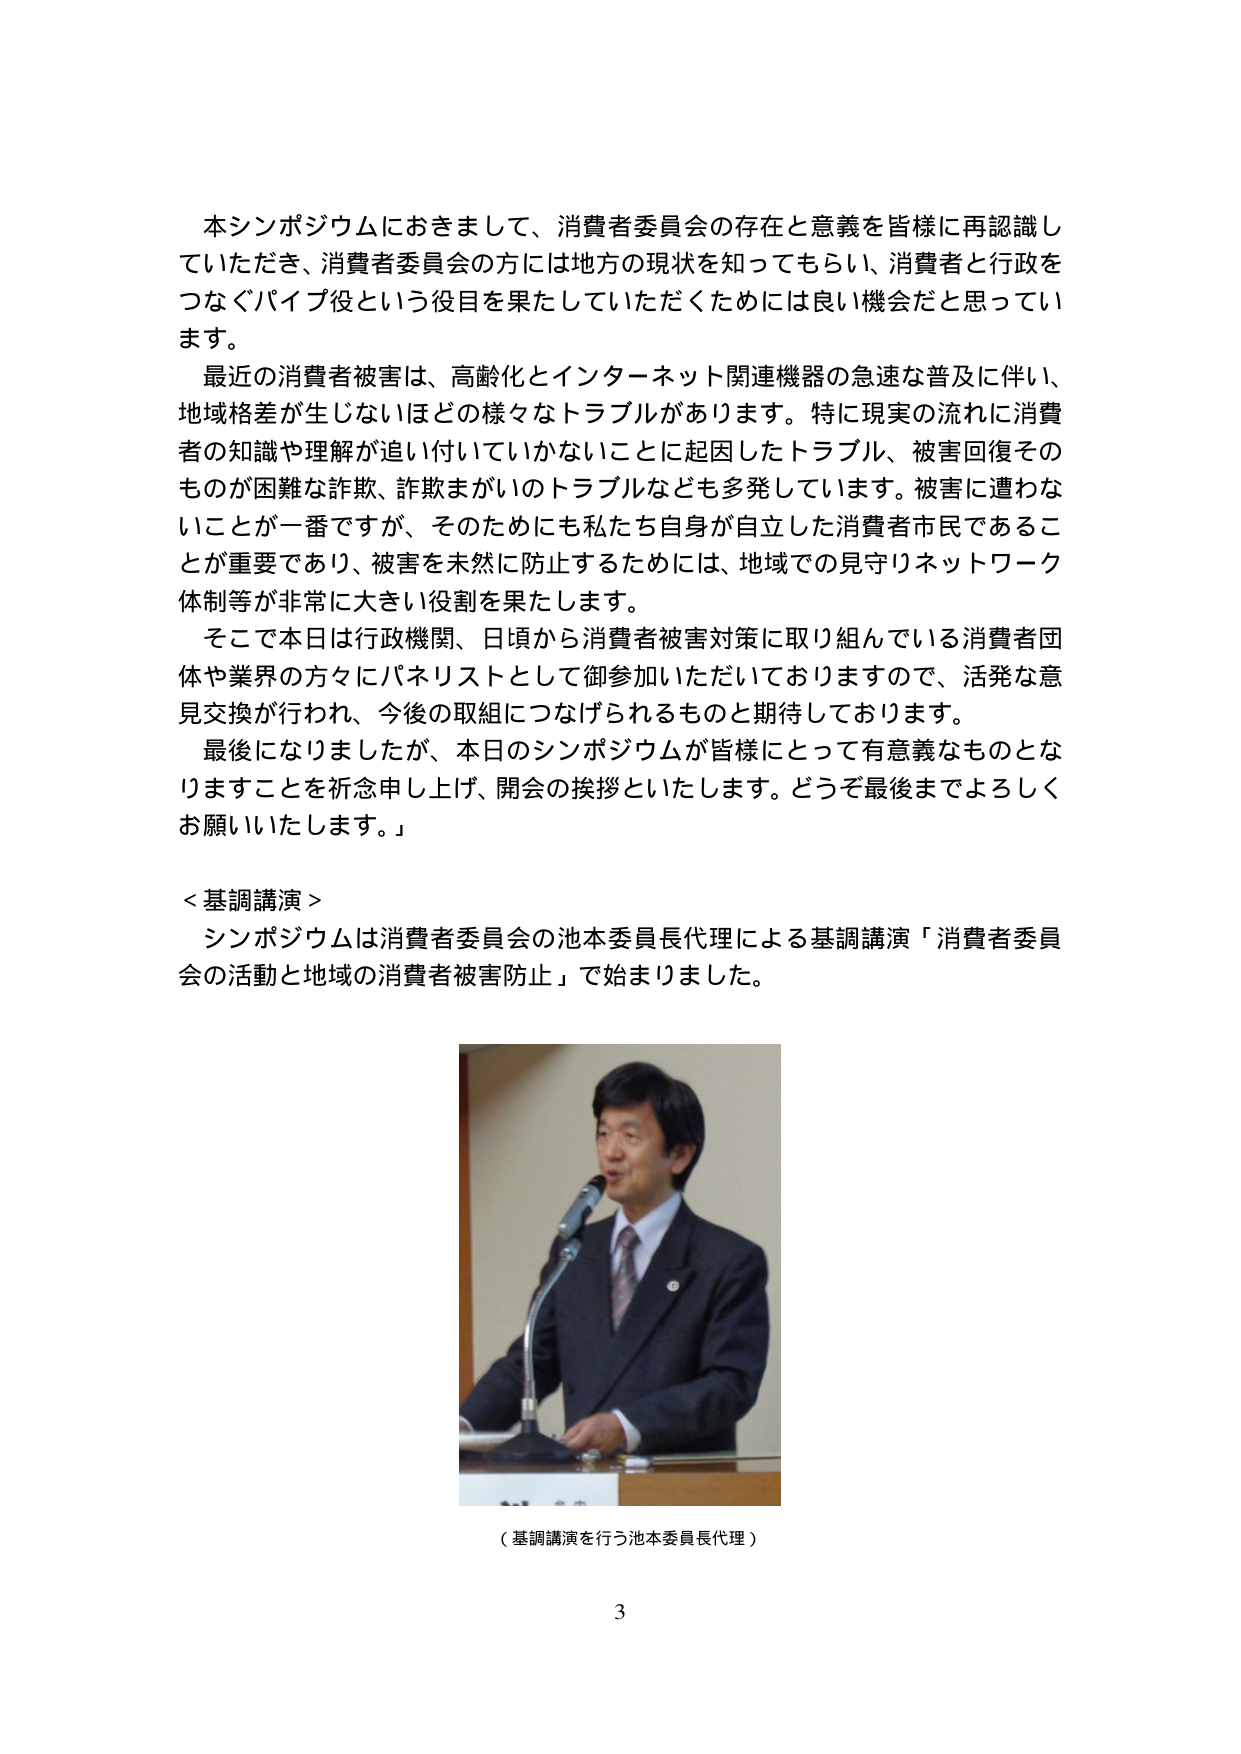
本シンポジウムにおきまして、消費者委員会の存在と意義を皆様に再認識していただき、消費者委員会の方には地方の現状を知ってもらい、消費者と行政をつなぐパイプ役という役目を果たしていただくためには良い機会だと思っています。

最近の消費者被害は、高齢化とインターネット関連機器の急速な普及に伴い、地域格差が生じないほどの様々なトラブルがあります。特に現実の流れに消費者の知識や理解が追い付いていかないことに起因したトラブル、被害回復そのものが困難な詐欺、詐欺まがいのトラブルなども多発しています。被害に遭わないことが一番ですが、そのためにも私たち自身が自立した消費者市民であることが重要であり、被害を未然に防止するためには、地域での見守りネットワーク体制等が非常に大きい役割を果たします。

そこで本日は行政機関、日頃から消費者被害対策に取り組んでいる消費者団体や業界の方々にパネリストとして御参加いただいておりますので、活発な意見交換が行われ、今後の取組につなげられるものと期待しております。

最後になりましたが、本日のシンポジウムが皆様にとって有意義なものとなりますことを祈念申し上げ、開会の挨拶といたします。どうぞ最後までよろしくお願いいたします。」

＜基調講演＞
シンポジウムは消費者委員会の池本委員長代理による基調講演「消費者委員会の活動と地域の消費者被害防止」で始まりました。

（基調講演を行う池本委員長代理）

3